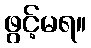
ဖွင့်မရ။